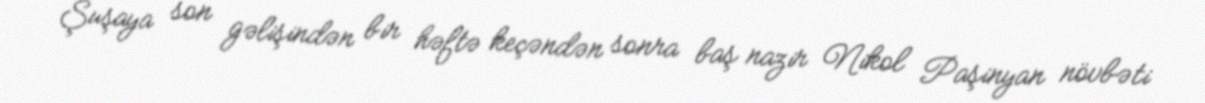
Şuşaya son gəlişindən bir həftə keçəndən sonra baş nazir Nikol Paşinyan növbəti